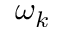
\omega _ { k }